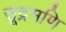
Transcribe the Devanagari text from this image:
सूद्रमणि